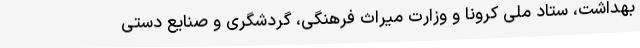
بهداشت، ستاد ملی کرونا و وزارت میراث فرهنگی، گردشگری و صنایع دستی